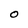
Character: O